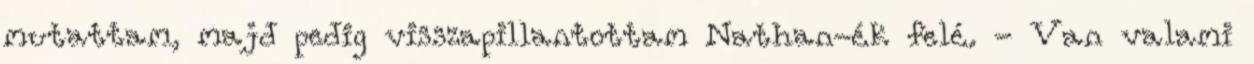
mutattam, majd pedig visszapillantottam Nathan-ék felé. - Van valami